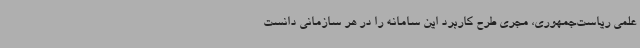
علمی ریاست‌جمهوری، مجری طرح کاربرد این سامانه را در هر سازمانی دانست